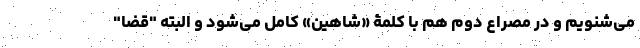
می‌شنویم و در مصراع دوم هم با کلمۀ «شاهین» کامل می‌شود و البته "قضا"